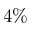
4 \%